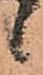
候